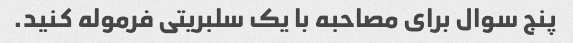
پنج سوال برای مصاحبه با یک سلبریتی فرموله کنید.